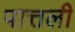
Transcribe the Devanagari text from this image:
पात्तली